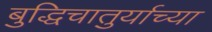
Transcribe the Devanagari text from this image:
बुद्धिचातुर्याच्या